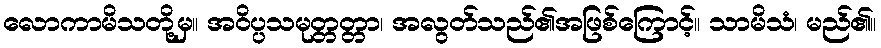
လောကာမိသတို့မှ။ အဝိပ္ပသမုတ္တတ္တာ၊ အလွတ်သည်၏အဖြစ်ကြောင့်။ သာမိသံ၊ မည်၏။